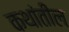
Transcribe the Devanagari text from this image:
कथांतील